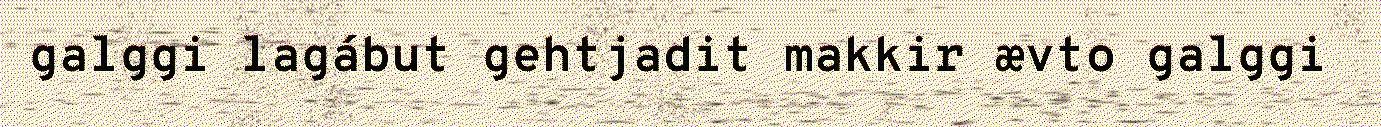
galggi lagábut gehtjadit makkir ævto galggi